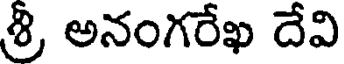
శ్రీ అనంగరేఖ దేవి